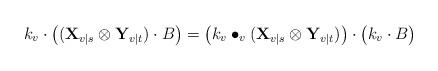
LaTeX: \begin{align*}k_v\cdot\bigl((\mathbf{X}_{v|s}\otimes\mathbf{Y}_{v|t})\cdot B\bigr)=\bigl(k_v\bullet_v(\mathbf{X}_{v|s}\otimes\mathbf{Y}_{v|t})\bigr)\cdot\bigl(k_v\cdot B\bigr)\end{align*}